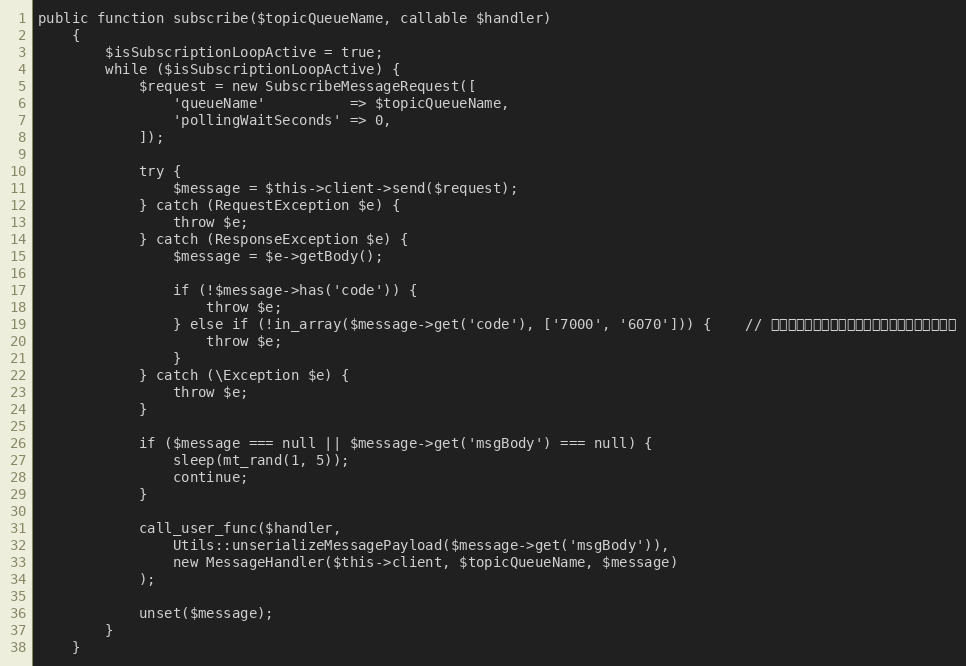
Language: PHP
public function subscribe($topicQueueName, callable $handler)
    {
        $isSubscriptionLoopActive = true;
        while ($isSubscriptionLoopActive) {
            $request = new SubscribeMessageRequest([
                'queueName'          => $topicQueueName,
                'pollingWaitSeconds' => 0,
            ]);

            try {
                $message = $this->client->send($request);
            } catch (RequestException $e) {
                throw $e;
            } catch (ResponseException $e) {
                $message = $e->getBody();

                if (!$message->has('code')) {
                    throw $e;
                } else if (!in_array($message->get('code'), ['7000', '6070'])) {    // 队列没有消息或队列中有太多不可见或者延时消息
                    throw $e;
                }
            } catch (\Exception $e) {
                throw $e;
            }

            if ($message === null || $message->get('msgBody') === null) {
                sleep(mt_rand(1, 5));
                continue;
            }

            call_user_func($handler,
                Utils::unserializeMessagePayload($message->get('msgBody')),
                new MessageHandler($this->client, $topicQueueName, $message)
            );

            unset($message);
        }
    }